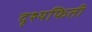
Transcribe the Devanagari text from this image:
दृश्यफिती